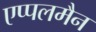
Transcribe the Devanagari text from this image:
एप्पलमैन